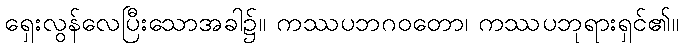
ရှေးလွန်လေပြီးသောအခါ၌။ ကဿပဘဂဝတော၊ ကဿပဘုရားရှင်၏။